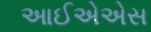
આઈએએસ